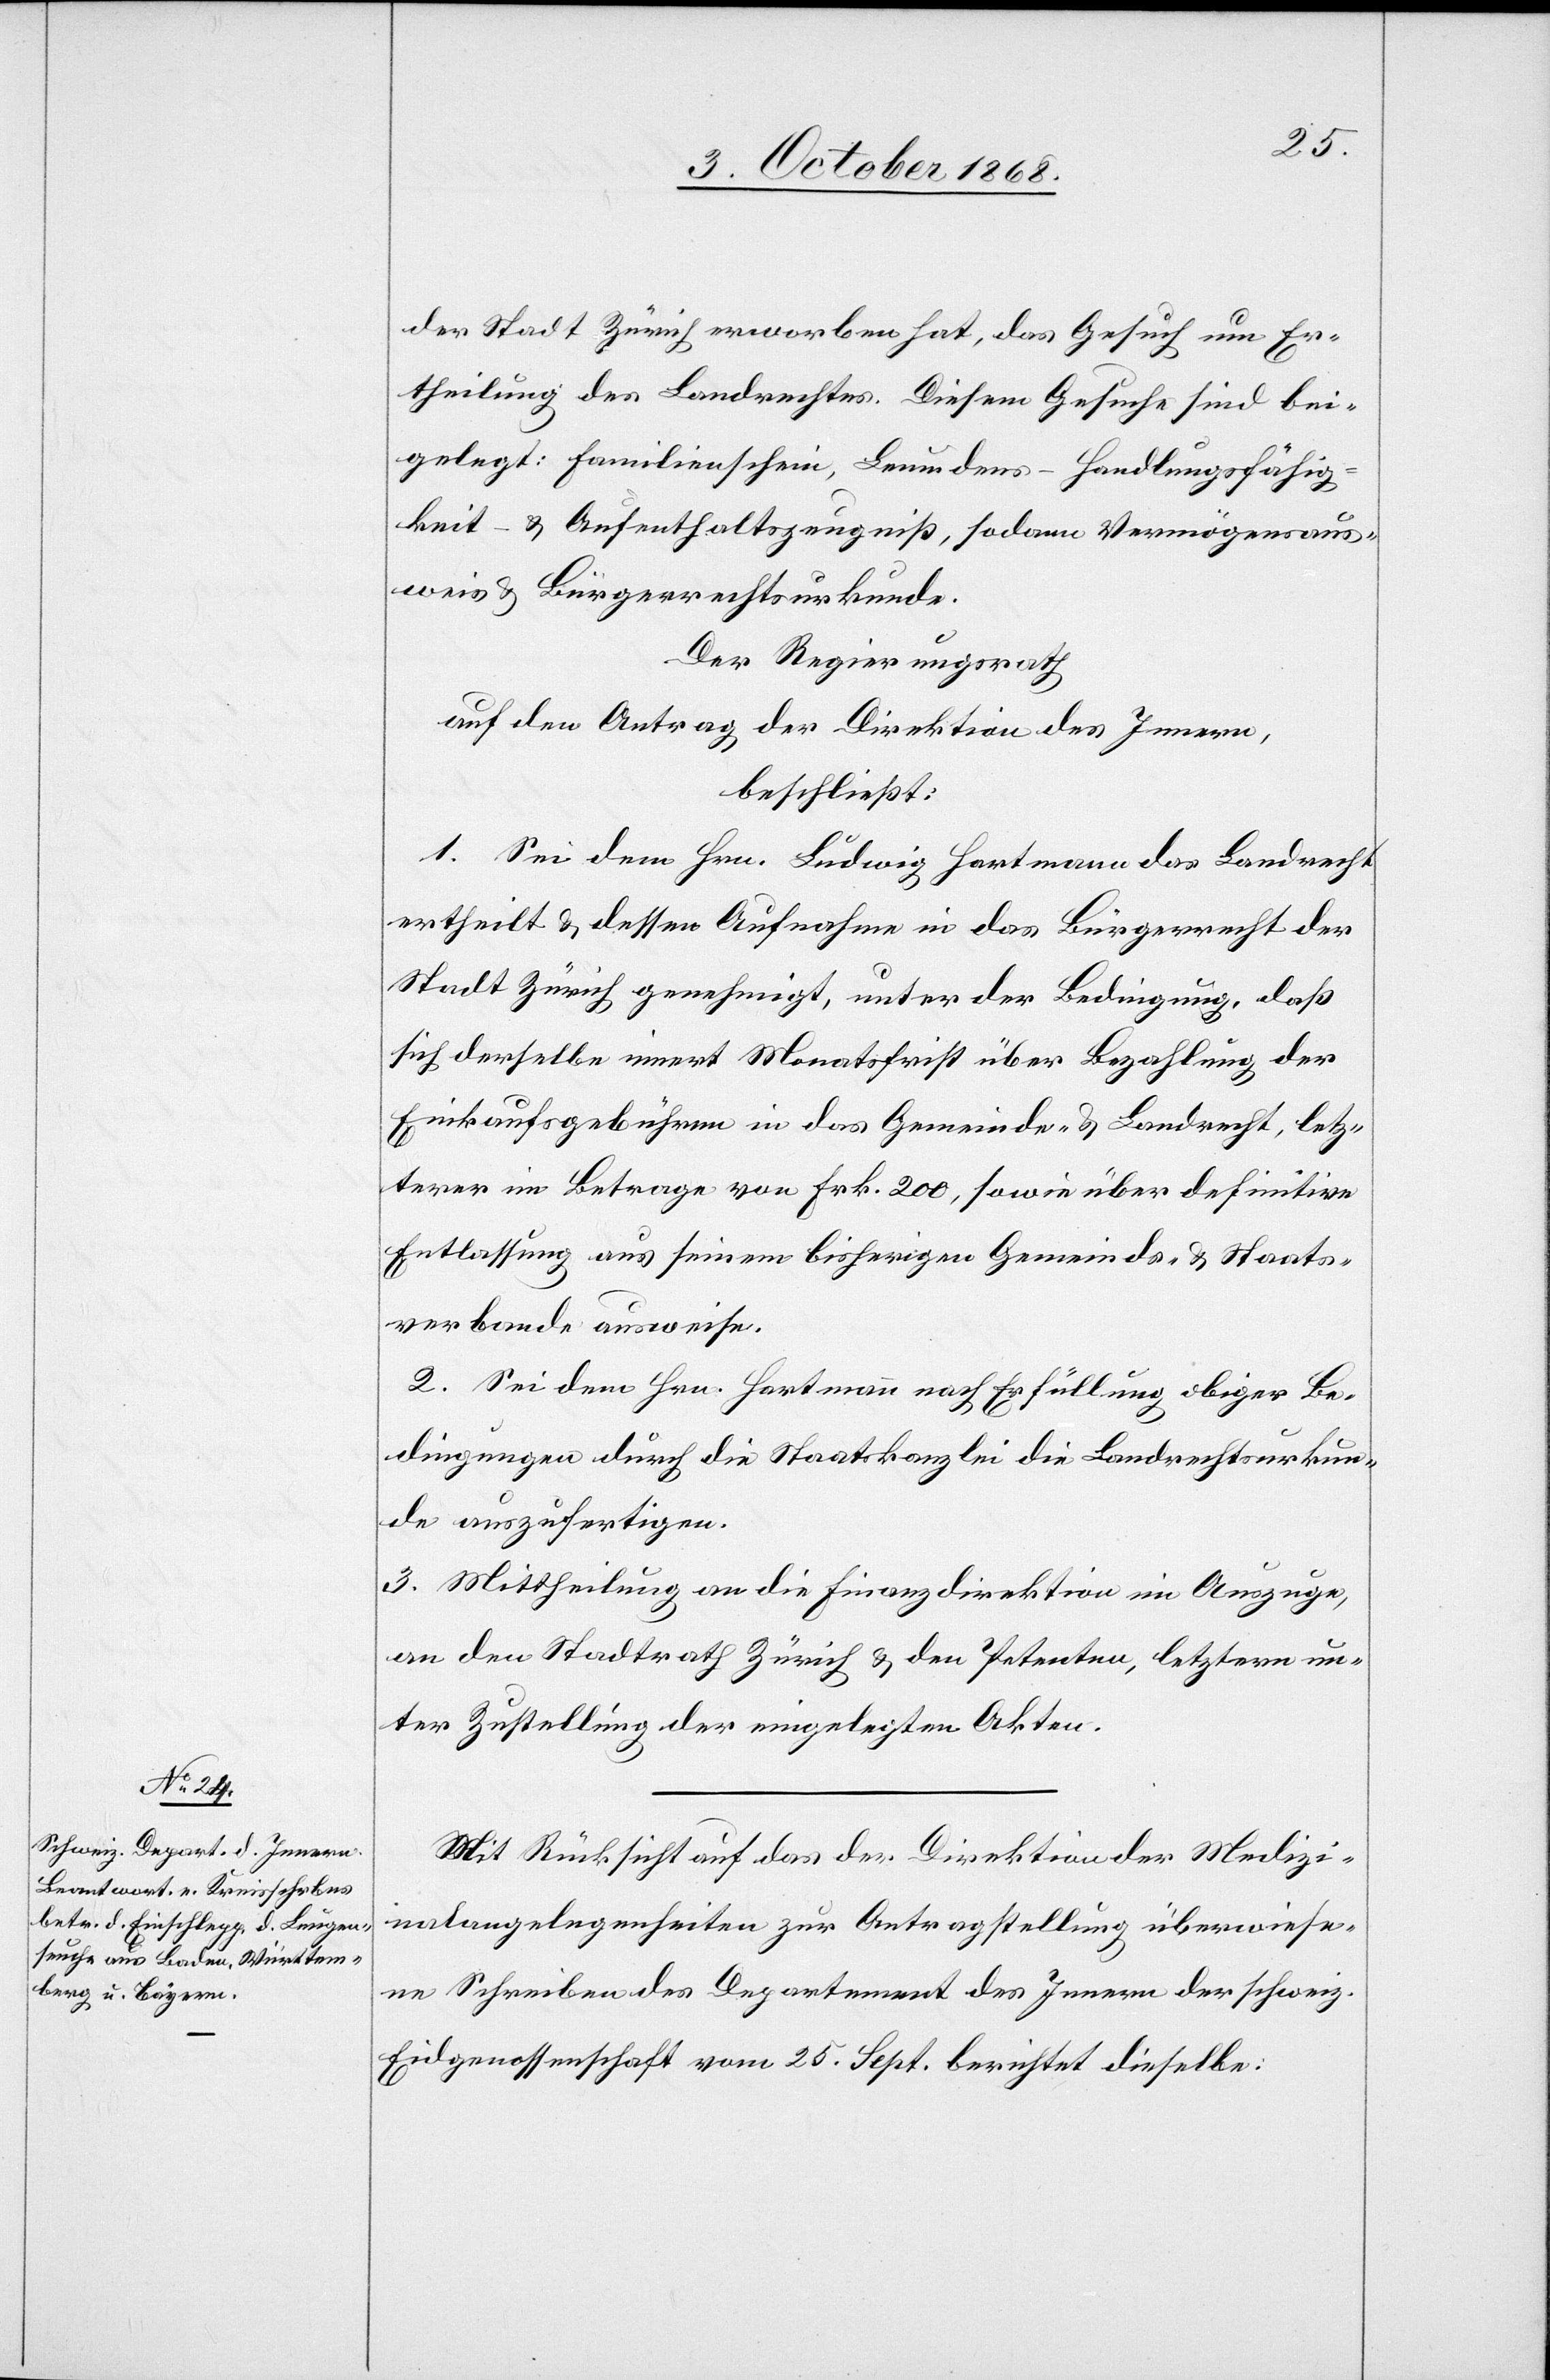
der Stadt Zürich erworben hat, das Gesuch um Er¬
theilung des Landrechtes. Diesem Gesuche sind bei¬
gelegt: Familienschein, Leumdens-[,] Handlungsfähig¬
keit- & Aufenthaltszeugniß, sodann Vermögensaus¬
weis & Bürgerrechtsurkunde.
Der Regierungsrath
auf den Antrag der Direktion des Innern,
beschließt:
1. Sei dem Hrn. Ludwig Hartmann das Landrecht
ertheilt & dessen Aufnahme in das Bürgerrecht der
Stadt Zürich genehmigt, unter der Bedingung, daß
sich derselbe innert Monatsfrist über Bezahlung der
Einkaufsgebühren in das Gemeinde- & Landrecht, letz¬
terer im Betrage von Frk. 200, sowie über definitive
Entlassung aus seinem bisherigen Gemeinds- & Staats¬
verbande ausweise.
2. Sei dem Hrn. Hartmann nach Erfüllung obiger Be¬
dingungen durch die Staatskanzlei die Landrechtsurkun¬
de auszufertigen.
3. Mittheilung an die Finanzdirektion im Auszuge,
an den Stadtrath Zürich & den Petenten, letztern un¬
ter Zustellung der eingelegten Akten.
Mit Rücksicht auf das der Direktion der Medizi¬
nalangelegenheiten zur Antragstellung überwiese¬
ne Schreiben des Departement des Innern der schweiz.
Eidgenossenschaft vom 25. Sept. berichtet dieselbe: